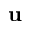
\mathbf { u }